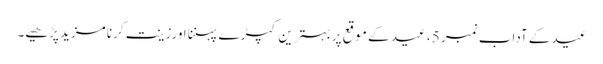
عید کے آداب نمبر 5 ، ﻿عید کے موقع پربہترین کپڑ ے پہننا اورزینت کرنا مزید پڑھیے۔